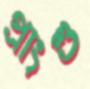
প্রাংশু